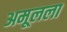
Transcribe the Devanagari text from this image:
अमूलला